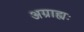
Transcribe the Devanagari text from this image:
अग्राह्यः